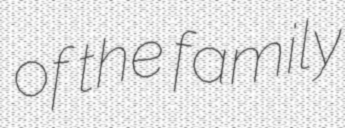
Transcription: of the family